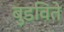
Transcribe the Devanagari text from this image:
बुडविते